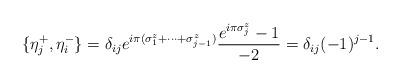
LaTeX: \begin{align*}\{\eta_{j}^{+}, \eta_{i}^{-}\} = \delta_{ij}e^{i\pi(\sigma_{1}^{z} + \cdots + \sigma_{j-1}^{z})}\frac{e^{i\pi\sigma_{j}^{z}} - 1}{-2}= \delta_{ij} (-1)^{j-1}.\end{align*}